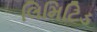
લિમિટિડ